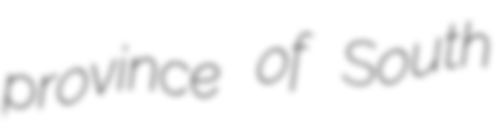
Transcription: province of South